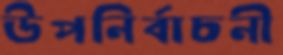
উপনির্বাচনী